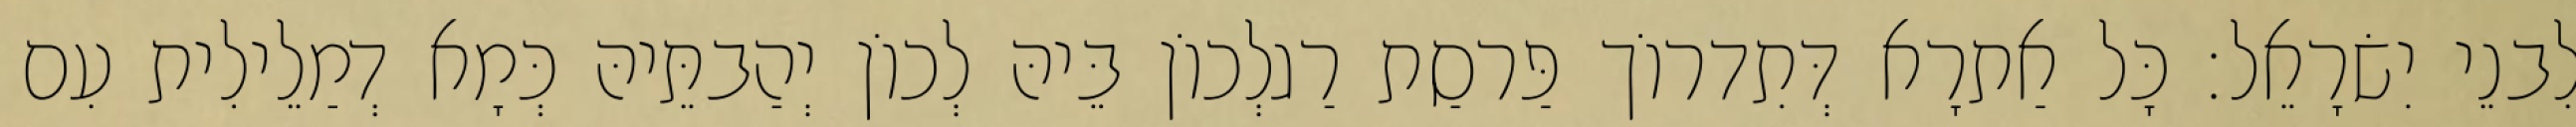
לִבנֵי יִשׂרָאֵל׃ כָּל אַתרָא דְּתִדרוֹך פַּרסַת רַגלְכוֹן בֵּיהּ לְכוֹן יְהַבתֵּיהּ כְּמָא דְמַלֵילִית עִם